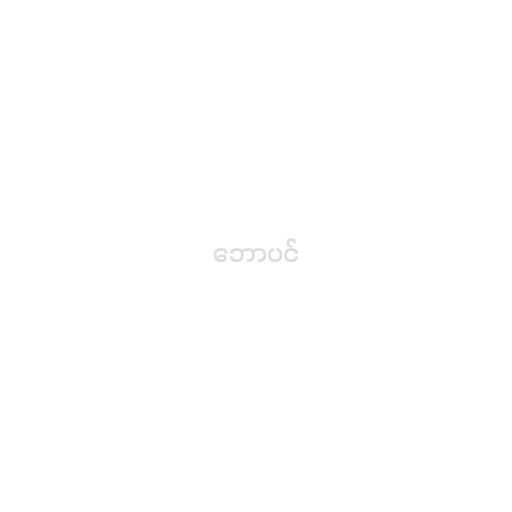
ဘောပင်